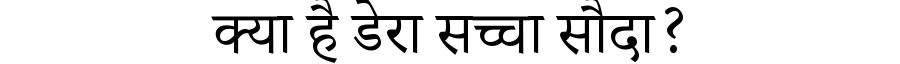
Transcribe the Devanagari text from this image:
क्या है डेरा सच्चा सौदा?